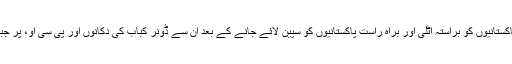
جاوید اور دیگر 4 افراد پاکستانیوں کو براستہ اٹلی اور براہ راست پاکستانیوں کو سپین لائے جانے کے بعد ان سے ڈونر کباب کی دکانوں اور پی سی او، پر جبری مشقت کرواتے تھے۔